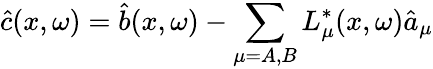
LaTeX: \hat{c}(x,\omega)=\hat{b}(x,\omega)-\sum_{\mu=A,B}L_{\mu}^{*}(x,\omega)\hat{a}_{\mu}